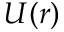
U ( r )